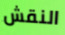
النقش